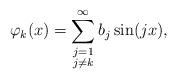
LaTeX: \begin{align*}\varphi_k(x)=\sum_{\substack{j=1\\j\neq k}}^\infty b_{j}\sin (jx),\end{align*}